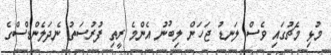
މުޅި މެޗުގައި ވެސް ލަނޑު ޖަހަން ލިބުނު އެންމެ ރީތި ފުރުސަތު ނެދަލެންޑްސްގެ